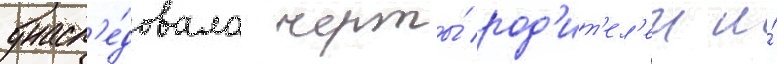
унасл'е́довала черты́ род'ит'ел'еи и́